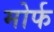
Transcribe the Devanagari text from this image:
मोर्फ